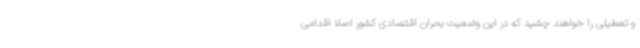
و تعطیلی را خواهند چشید که در این وضعیت بحران اقتصادی کشور اصلا اقدامی